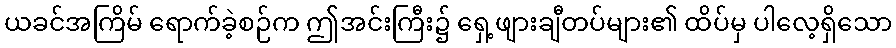
ယခင်အကြိမ် ရောက်ခဲ့စဉ်က ဤအင်းကြီး၌ ရှေ့ဖျားချီတပ်များ၏ ထိပ်မှ ပါလေ့ရှိသော